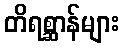
တိရစ္ဆာန်များ